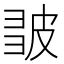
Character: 𭽪